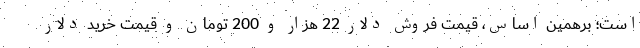
است؛ برهمین اساس، قیمت فروش دلار 22 هزار و 200 تومان و قیمت خرید دلار